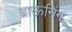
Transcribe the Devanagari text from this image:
ब्राऊनिंग